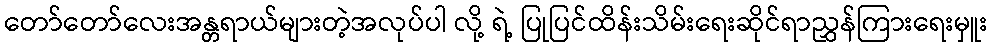
တော်တော်လေးအန္တရာယ်များတဲ့အလုပ်ပါ လို့ ရဲ့ ပြုပြင်ထိန်းသိမ်းရေးဆိုင်ရာညွှန်ကြားရေးမှူး